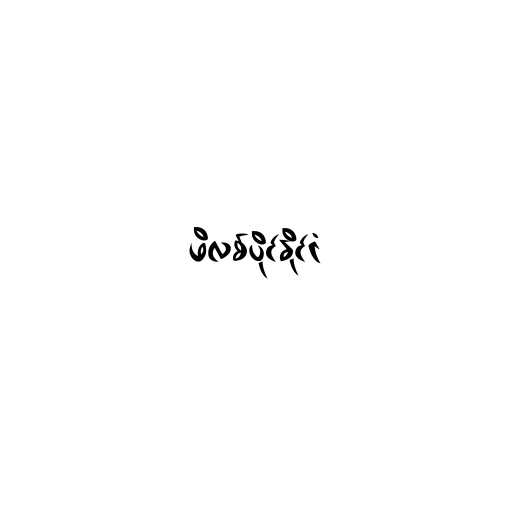
ဖိလစ်ပိုင်နိုင်ငံ